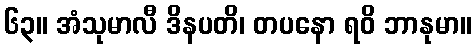
၆၃။ အံသုမာလီ ဒိနပတိ၊ တပနော ရဝိ ဘာနုမာ။